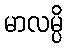
မာလမ္ပိ